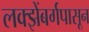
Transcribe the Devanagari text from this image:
लक्झेंबर्गपासून